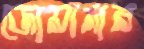
জোয়ানার